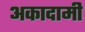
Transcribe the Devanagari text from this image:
अकादामी